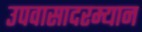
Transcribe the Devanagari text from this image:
उपवासादरम्यान